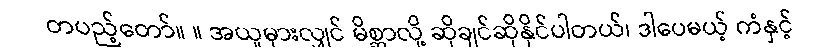
တပည့်တော်။ ။ အယူမှားလျှင် မိစ္ဆာလို့ ဆိုချင်ဆိုနိုင်ပါတယ်၊ ဒါပေမယ့် ကံနှင့်